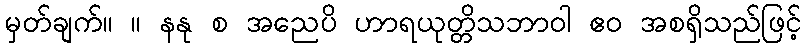
မှတ်ချက်။ ။ နနု စ အညေပိ ဟာရယုတ္တိသဘာဝါ ဧဝ အစရှိသည်ဖြင့်